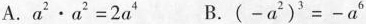
A.$$a ^ { 2 } \cdot a ^ { 2 } = 2 a ^ { 4 }$$ B.$$( - a ^ { 2 } ) ^ { 3 } = - a ^ { 6 }$$